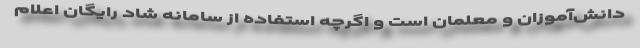
دانش‌آموزان و معلمان است و اگرچه استفاده از سامانه شاد رایگان اعلام